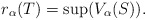
\begin{align*}r_\alpha(T) = \sup( V_\alpha(S)).\end{align*}